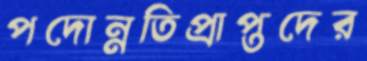
পদোন্নতিপ্রাপ্তদের